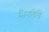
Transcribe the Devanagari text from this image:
भिनलेले